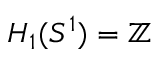
H _ { 1 } ( S ^ { 1 } ) = \mathbb { Z }